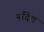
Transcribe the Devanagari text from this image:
नर्रंदेरा